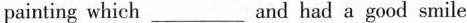
painting which___and had a good smile